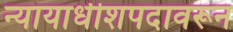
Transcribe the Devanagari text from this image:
न्यायाधीशपदावरून